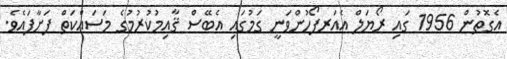
އެގޮތުން 1956 ގައި ރޯޔަލް އެއަރފޯހުންވަނީ ގަމުގައި އެބޭސް ޤާއިމުކުރުމުގެ މަސައްކަތް ފަށާފައެވެ.